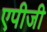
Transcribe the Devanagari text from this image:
एपीजी